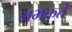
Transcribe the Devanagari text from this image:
भभकते